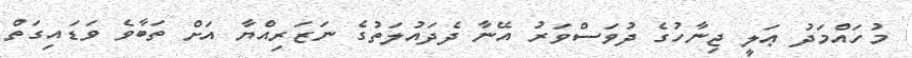
މުހައްމަދު ޢަލީ ޖިނާހުގެ ދުވަސްވަރު އޭނާ ދެދައުލަތުގެ ނަޒަރިއްޔާ އަށް ތަބާވެ ވަޑައިގަތް